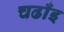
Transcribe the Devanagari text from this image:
चढाँइ